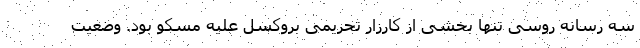
سه رسانه روسی تنها بخشی از کارزار تحریمی بروکسل علیه مسکو بود. وضعیت